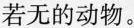
若无的动物。